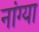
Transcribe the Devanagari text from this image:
नांग्या